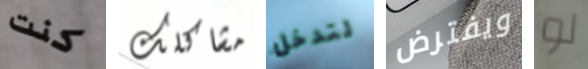
كنت مشاكلك لتدخل ويفترض لو